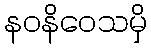
နဝနိဝေသမှိ